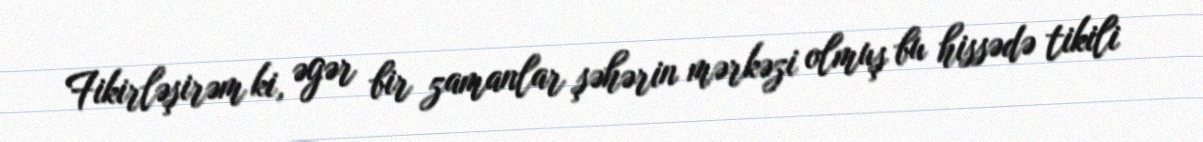
Fikirləşirəm ki, əgər bir zamanlar şəhərin mərkəzi olmuş bu hissədə tikili